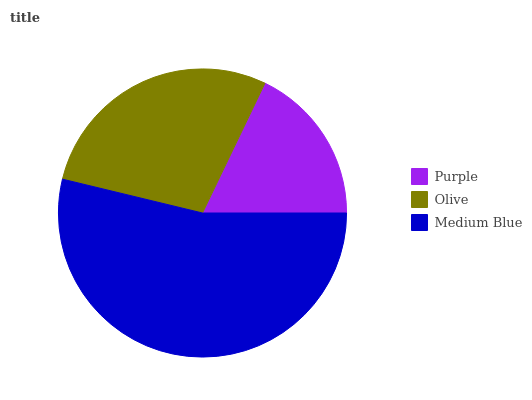
| Purple | Olive | Medium Blue |
 | --- | --- | --- |
 | 17.8% | 28.3% | 53.8% |